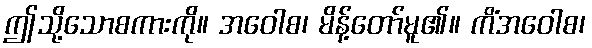
ဤသို့သောစကားကို။ အဝေါစ၊ မိန့်တော်မူ၏။ ကိံအဝေါစ၊